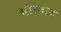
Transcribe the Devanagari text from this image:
भारतत्व